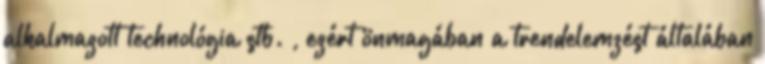
alkalmazott technológia stb. , ezért önmagában a trendelemzést általában